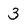
Character: 3